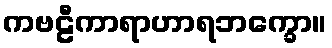
ကဗဠီကာရာဟာရဘက္ခော။